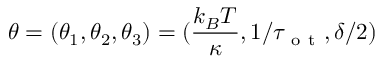
\theta = ( \theta _ { 1 } , \theta _ { 2 } , \theta _ { 3 } ) = ( \frac { k _ { B } T } { \kappa } , 1 / \tau _ { \mathrm { ~ o ~ t ~ } } , \delta / 2 )